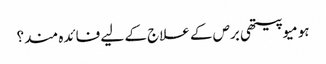
ہومیوپیتھی برص کے علاج کے لیے فائدہ مند؟